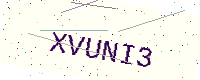
Text: XVUNI3